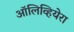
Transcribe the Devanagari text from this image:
ऑलिव्हियेरा